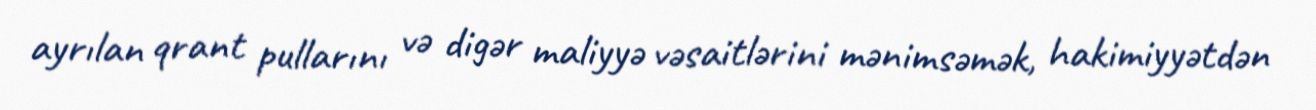
ayrılan qrant pullarını və digər maliyyə vəsaitlərini mənimsəmək, hakimiyyətdən